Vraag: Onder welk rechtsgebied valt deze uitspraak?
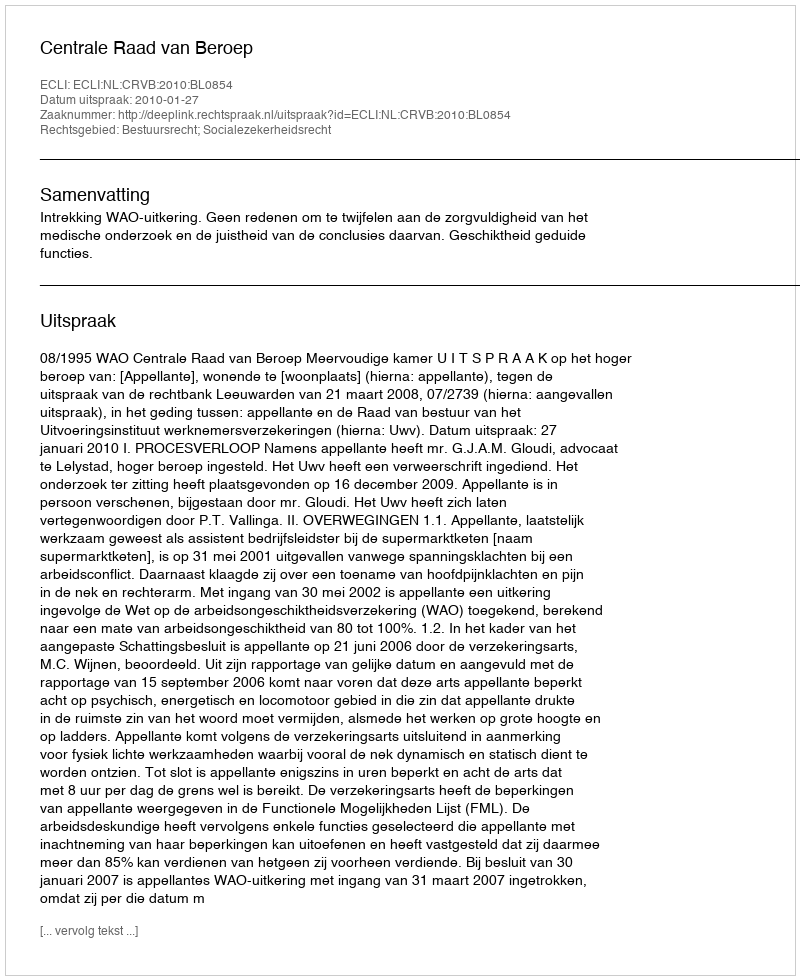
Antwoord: Bestuursrecht; Socialezekerheidsrecht